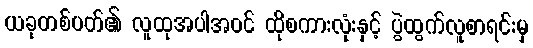
ယခုတစ်ပတ်၏ လူထုအပါအဝင် ထိုစကားလုံးနှင့် ပွဲထွက်လူစာရင်းမှ